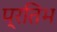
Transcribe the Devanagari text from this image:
प्रतिभ